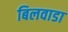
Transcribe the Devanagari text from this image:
बिलवाडा